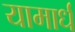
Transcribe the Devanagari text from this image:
यामार्ध